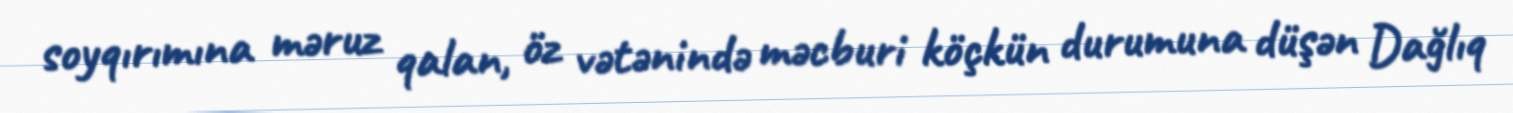
soyqırımına məruz qalan, öz vətənində məcburi köçkün durumuna düşən Dağlıq